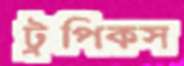
ট্রপিকস